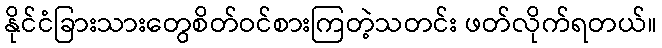
နိုင်ငံခြားသားတွေစိတ်ဝင်စားကြတဲ့သတင်း ဖတ်လိုက်ရတယ်။